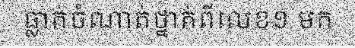
ធ្លាក់ចំណាត់ថ្នាក់ពីលេខ១ មក